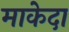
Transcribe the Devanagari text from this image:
माकेदा